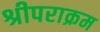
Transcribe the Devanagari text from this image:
श्रीपराक्रम